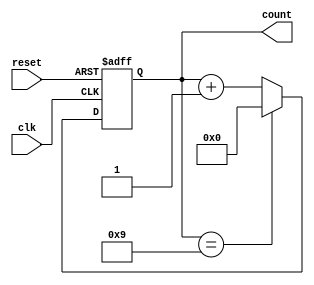
module BCD_Asynchronous_Counter (
    input wire clk,          // Clock input
    input wire reset,        // Asynchronous reset input
    output reg [3:0] count   // 4-bit BCD output
);

// Always block triggered by the clock and reset
always @(posedge clk or posedge reset) begin
    if (reset) begin
        count <= 4'b0000; // Reset the counter to 0
    end else begin
        if (count == 4'b1001) begin
            count <= 4'b0000; // Reset to 0 if count reaches 10
        end else begin
            count <= count + 1; // Increment the counter
        end
    end
end

endmodule